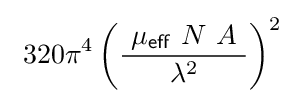
\ 320\pi ^{4}\left({\frac {\ \mu _{\mathsf {eff}}\ N\ A\ }{\lambda ^{2}}}\right)^{2}\